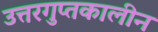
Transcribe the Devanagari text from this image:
उत्तरगुप्तकालीन